Indian journal of veterinary science and animal husbandry - Volume 6,
Year: 1936
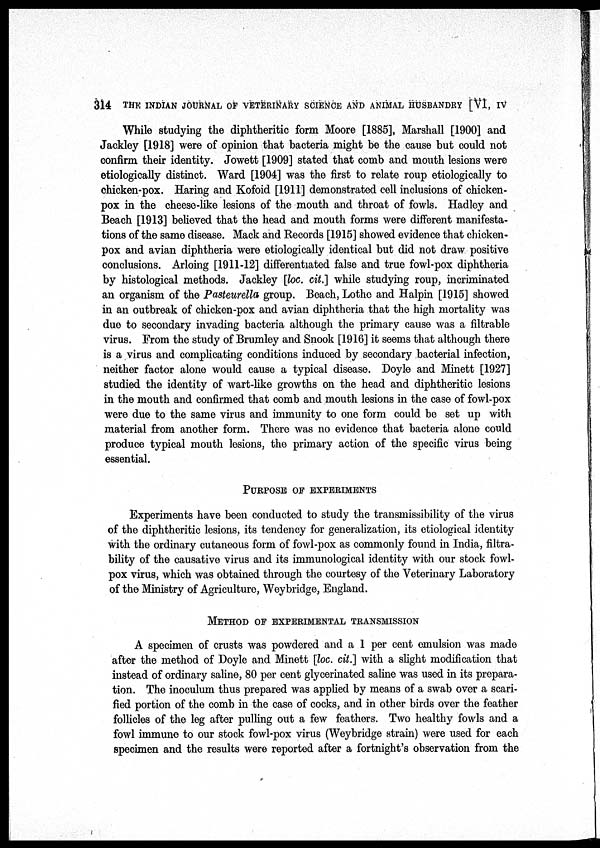
314 THE INDIAN JOURNAL OF VETERINARY SCIENCE AND ANIMAL HUSBANDRY [VI, IV
While studying the diphtheritic form Moore [1885], Marshall [1900] and
Jackley [1918] were of opinion that bacteria might be the cause but could not
confirm their identity. Jowett [1909] stated that comb and mouth lesions were
etiologically distinct. Ward [1904] was the first to relate roup etiologically to
chicken-pox. Haring and Kofoid [1911] demonstrated cell inclusions of chicken-
pox in the cheese-like lesions of the mouth and throat of fowls. Hadley and
Beach [1913] believed that the head and mouth forms were different manifesta-
tions of the same disease. Mack and Records [1915] showed evidence that chicken-
pox and avian diphtheria were etiologically identical but did not draw positive
conclusions. Arloing [1911-12] differentiated false and true fowl-pox diphtheria
by histological methods. Jackley [loc. cit.] while studying roup, incriminated
an organism of the Pasteurella group. Beach, Lothe and Halpin [1915] showed
in an outbreak of chicken-pox and avian diphtheria that the high mortality was
due to secondary invading bacteria although the primary cause was a filtrable
virus. From the study of Brumley and Snook [1916] it seems that although there
is a virus and complicating conditions induced by secondary bacterial infection,
neither factor alone would cause a typical disease. Doyle and Minett [1927]
studied the identity of wart-like growths on the head and diphtheritic lesions
in the mouth and confirmed that comb and mouth lesions in the case of fowl-pox
were due to the same virus and immunity to one form could be set up with
material from another form. There was no evidence that bacteria alone could
produce typical mouth lesions, the primary action of the specific virus being
essential.
PURPOSE OF EXPERIMENTS
Experiments have been conducted to study the transmissibility of the virus
of the diphtheritic lesions, its tendency for generalization, its etiological identity
with the ordinary cutaneous form of fowl-pox as commonly found in India, filtra¬
bility of the causative virus and its immunological identity with our stock fowl-
pox virus, which was obtained through the courtesy of the Veterinary Laboratory
of the Ministry of Agriculture, Weybridge, England.
METHOD OF EXPERIMENTAL TRANSMISSION
A specimen of crusts was powdered and a 1 per cent emulsion was made
after the method of Doyle and Minett [loc. cit.] with a slight modification that
instead of ordinary saline, 80 per cent glycerinated saline was used in its prepara-
tion. The inoculum thus prepared was applied by means of a swab over a scari-
fied portion of the comb in the case of cocks, and in other birds over the feather
follicles of the leg after pulling out a few feathers. Two healthy fowls and a
fowl immune to our stock fowl-pox virus (Weybridge strain) were used for each
specimen and the results were reported after a fortnight's observation from the